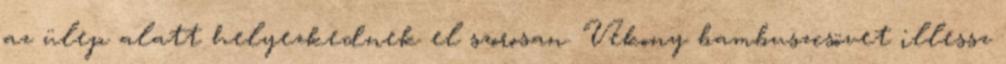
az ülep alatt helyezkednek el szorosan. Vékony bambuszcsövet illessz